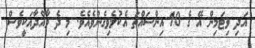
އަދި ވިޓަމިން އޭ ގެ 10 އިންސައްތަ އެކުލެވިގެންވެއެވެ. މި ދެ މާއްދާއަކީވެސް